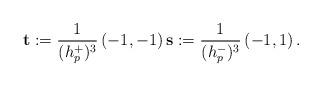
LaTeX: \begin{align*} \mathbf{t} := \dfrac{1}{(h^{+}_p)^{3}} \left(-1,-1 \right ) \mathbf{s} :=\dfrac{1}{(h^{-}_p)^{3}} \left (-1,1 \right).\end{align*}